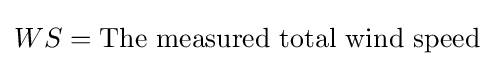
WS={\text{The measured total wind speed}}